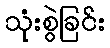
သုံးစွဲခြင်း